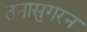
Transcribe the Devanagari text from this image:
तनासुगरन